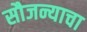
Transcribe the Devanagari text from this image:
सौजन्याचा